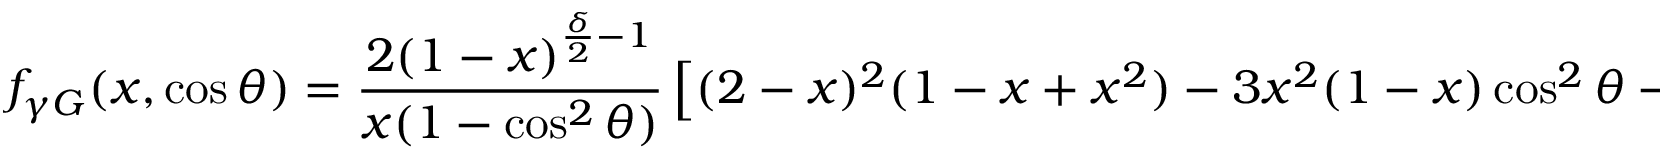
f _ { \gamma G } ( x , \cos \theta ) = \frac { 2 ( 1 - x ) ^ { \frac { \delta } { 2 } - 1 } } { x ( 1 - \cos ^ { 2 } \theta ) } \left[ ( 2 - x ) ^ { 2 } ( 1 - x + x ^ { 2 } ) - 3 x ^ { 2 } ( 1 - x ) \cos ^ { 2 } \theta - x ^ { 4 } \cos ^ { 4 } \theta \right]